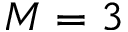
M = 3